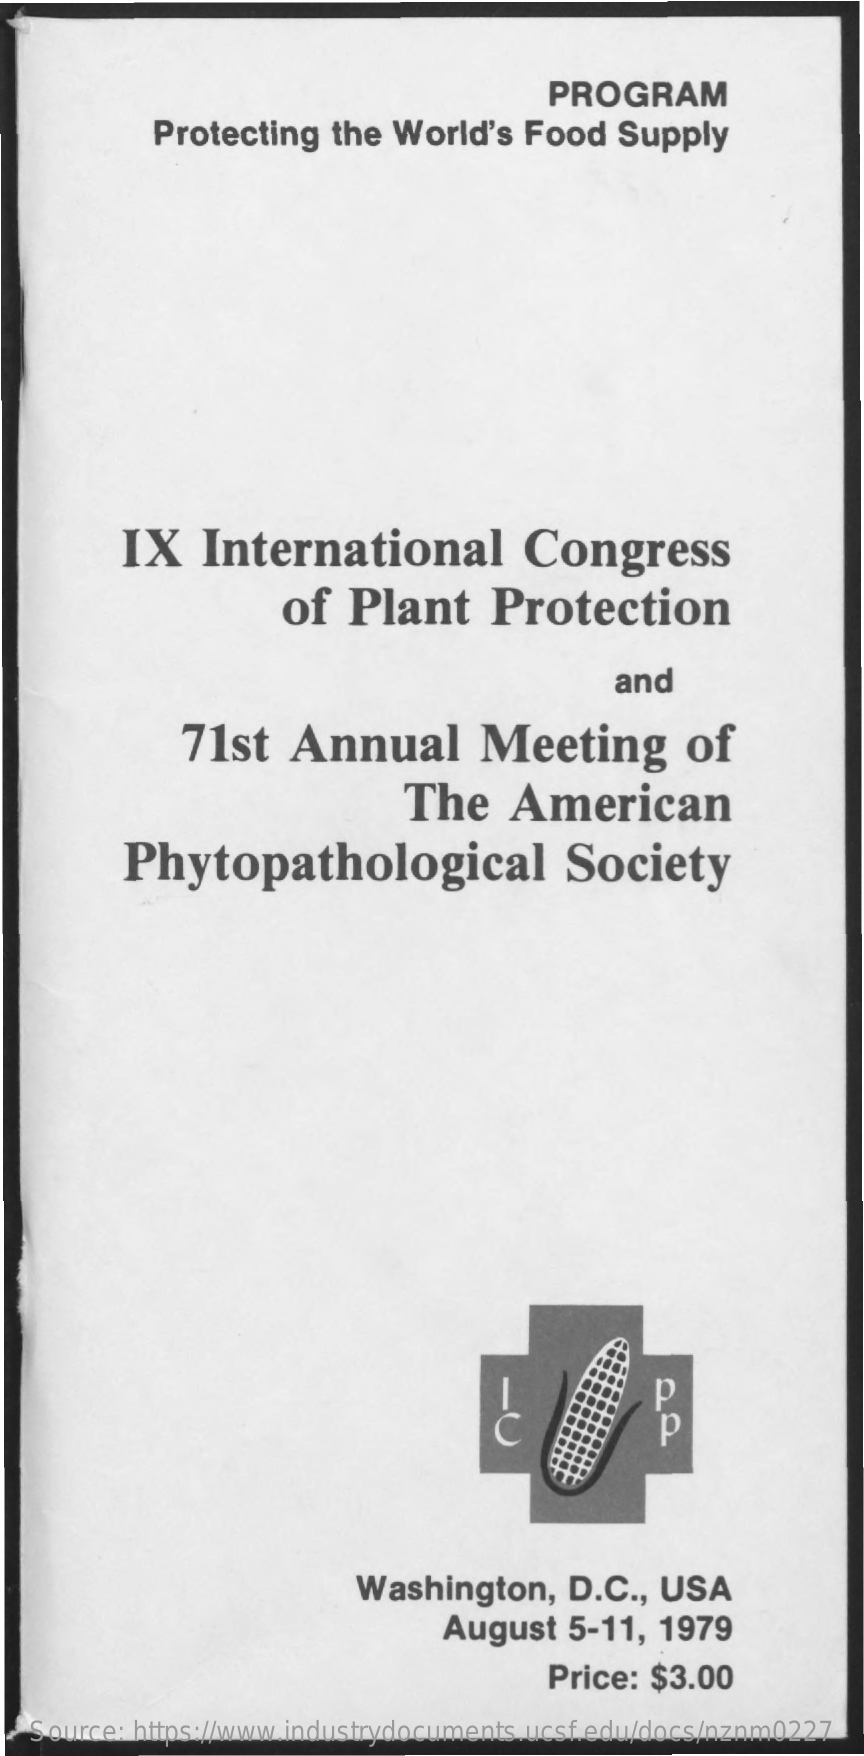
PROGRAM
     Protecting   the  World's  Food   Supply
     IX    International    Congress
     of  Plant    Protection
     and
     71st   Annual    Meeting    of
     The    American
     Phytopathological    Society
     p -O
     Washington,    D.C ., USA
     August   5-11,  1979
     Price: $3.00
   Source: https://www.industrydocuments.ucsf.edu/docs/nznm0227